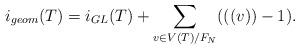
LaTeX: \begin{align*}i_{geom}(T)=i_{GL}(T)+\sum_{v\in V(T)/F_N}(((v))-1).\end{align*}